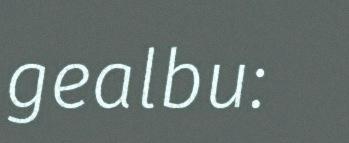
gealbu: